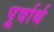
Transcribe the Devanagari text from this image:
पूर्वार्थ